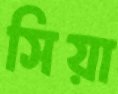
সিয়া